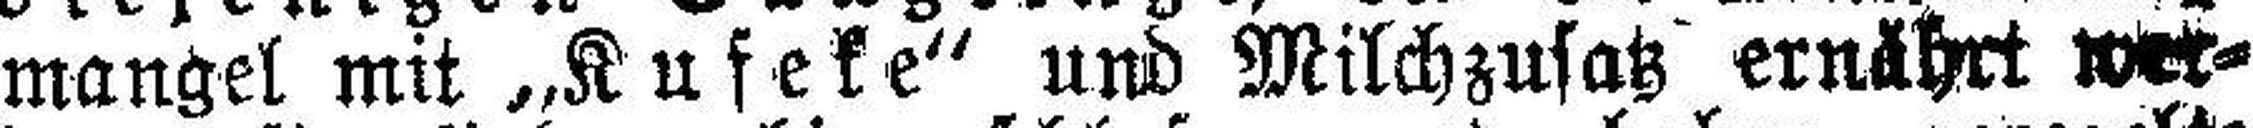
mangel mit „Kufeke“ und Milchzusatz ernährt wer¬